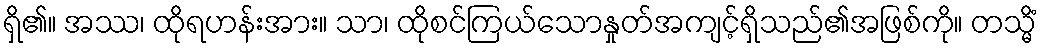
ရှိ၏။ အဿ၊ ထိုရဟန်းအား။ သာ၊ ထိုစင်ကြယ်သောနှုတ်အကျင့်ရှိသည်၏အဖြစ်ကို။ တသ္မိံ